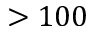
> 1 0 0